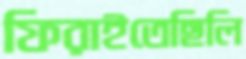
ফিরাইতেছিলি